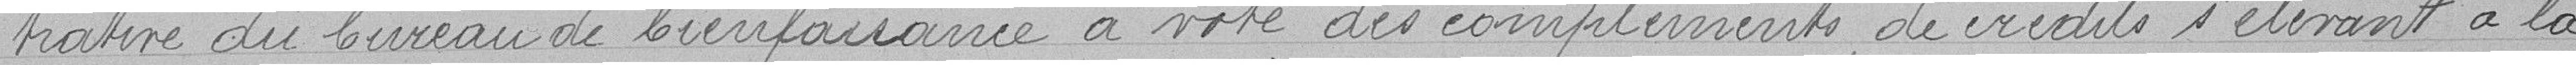
trative du bureau de bienfaisance a voté des compléments de crédits s'élevant à la